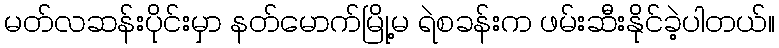
မတ်လဆန်းပိုင်းမှာ နတ်မောက်မြို့မ ရဲစခန်းက ဖမ်းဆီးနိုင်ခဲ့ပါတယ်။